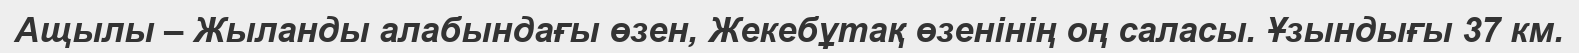
Ащылы – Жыланды алабындағы өзен, Жекебұтақ өзенінің оң саласы. Ұзындығы 37 км.